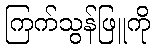
ကြက်သွန်ဖြူကို